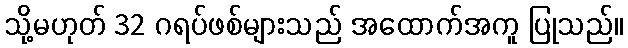
သို့မဟုတ် 32 ဂရပ်ဖစ်များသည် အထောက်အကူ ပြုသည်။